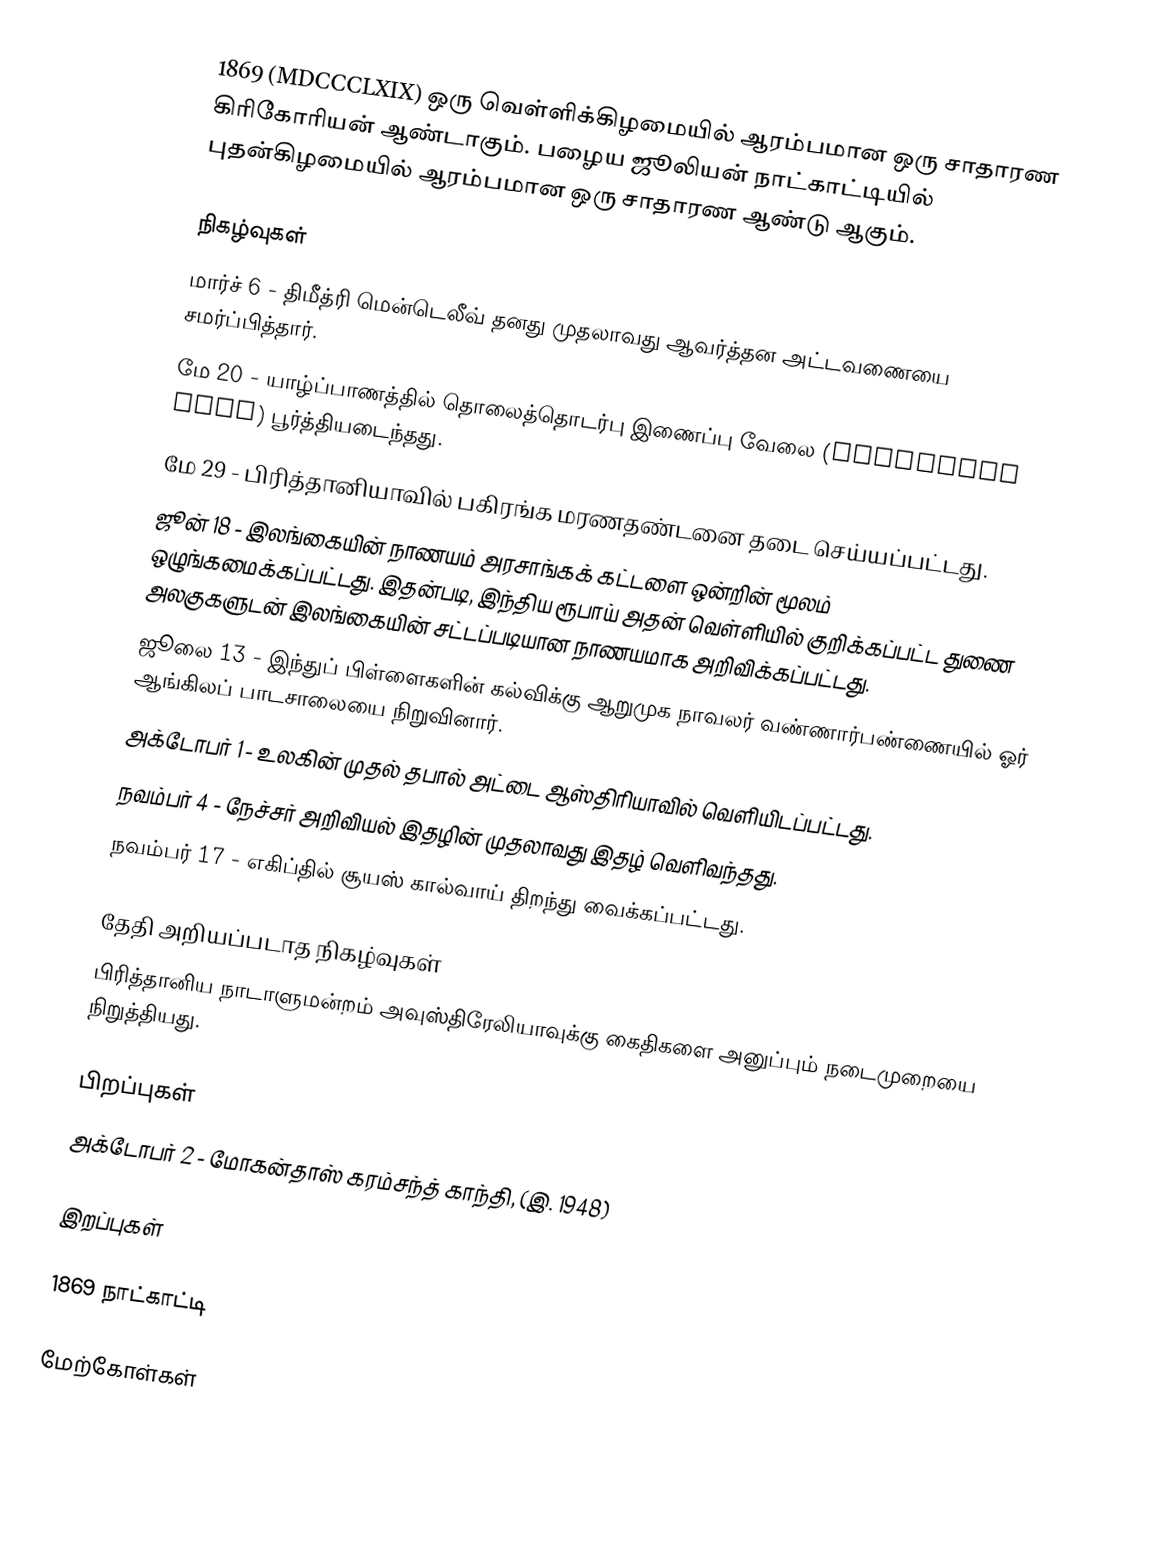
1869  (MDCCCLXIX) ஒரு வெள்ளிக்கிழமையில் ஆரம்பமான ஒரு சாதாரண கிரிகோரியன் ஆண்டாகும். பழைய ஜூலியன் நாட்காட்டியில் புதன்கிழமையில் ஆரம்பமான ஒரு சாதாரண ஆண்டு ஆகும்.

நிகழ்வுகள்
 மார்ச் 6 - திமீத்ரி மென்டெலீவ் தனது முதலாவது ஆவர்த்தன அட்டவணையை சமர்ப்பித்தார்.
 மே 20 - யாழ்ப்பாணத்தில் தொலைத்தொடர்பு இணைப்பு வேலை (telegraph line) பூர்த்தியடைந்தது.
 மே 29 - பிரித்தானியாவில் பகிரங்க மரணதண்டனை தடை செய்யப்பட்டது.
 ஜூன் 18 - இலங்கையின் நாணயம் அரசாங்கக் கட்டளை ஒன்றின் மூலம் ஒழுங்கமைக்கப்பட்டது. இதன்படி, இந்திய ரூபாய் அதன் வெள்ளியில் குறிக்கப்பட்ட துணை அலகுகளுடன் இலங்கையின் சட்டப்படியான நாணயமாக அறிவிக்கப்பட்டது.
 ஜூலை 13 - இந்துப் பிள்ளைகளின் கல்விக்கு ஆறுமுக நாவலர் வண்ணார்பண்ணையில் ஓர் ஆங்கிலப் பாடசாலையை நிறுவினார்.
 அக்டோபர் 1 - உலகின் முதல் தபால் அட்டை ஆஸ்திரியாவில் வெளியிடப்பட்டது.
 நவம்பர் 4 - நேச்சர் அறிவியல் இதழின் முதலாவது இதழ் வெளிவந்தது.
 நவம்பர் 17 - எகிப்தில் சூயஸ் கால்வாய் திறந்து வைக்கப்பட்டது.

தேதி அறியப்படாத நிகழ்வுகள்
 பிரித்தானிய நாடாளுமன்றம் அவுஸ்திரேலியாவுக்கு கைதிகளை அனுப்பும் நடைமுறையை நிறுத்தியது.

பிறப்புகள்
 அக்டோபர் 2 - மோகன்தாஸ் கரம்சந்த் காந்தி, (இ. 1948)

இறப்புகள்

1869 நாட்காட்டி

மேற்கோள்கள்